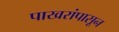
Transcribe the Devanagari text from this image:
पाखरांपासून